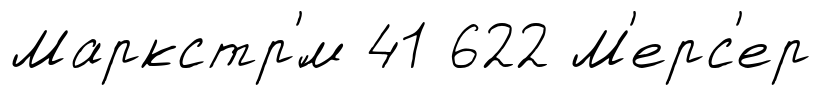
Маркстр'́м 41 622 М'ерс'ер